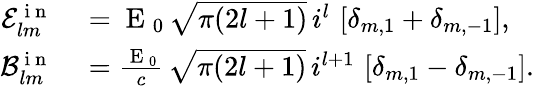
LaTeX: \begin{array}{rl}{\mathcal{E}_{lm}^{\mathrm{~i~n~}}}&{{}=\mathrm{~E~}_{0}\, \sqrt{\pi(2l+1)}\, i^{l}\, \left[\delta_{m,1}+\delta_{m,-1}\right],}\\ {\mathcal{B}_{lm}^{\mathrm{~i~n~}}}&{{}=\frac{\mathrm{~E~}_{0}}{c}\, \sqrt{\pi(2l+1)}\, i^{l+1}\, \left[\delta_{m,1}-\delta_{m,-1}\right].}\end{array}